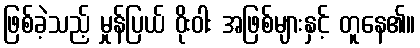
ဖြစ်ခဲ့သည့် မှုန်ပြယ် ဝိုးဝါး အဖြစ်များနှင့် တူနေ၏။